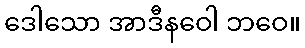
ဒေါသော အာဒီနဝေါ ဘဝေ။